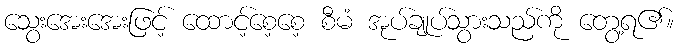
သွေးအေးအေးဖြင့် ထောင့်စေ့စေ့ စီမံ အုပ်ချုပ်သွားသည်ကို တွေ့ရ၏။